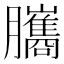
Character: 𦢿